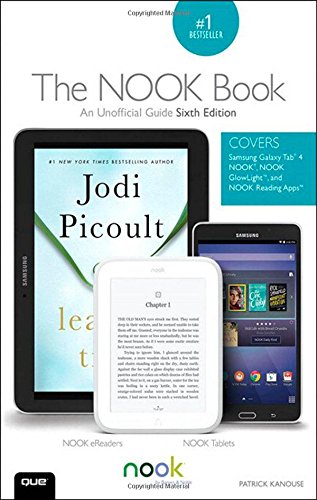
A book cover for The NOOK Book: An Unofficial Guide: Everything You Need to Know about the Samsung Galaxy Tab 4 NOOK, NOOK GlowLight, and NOOK Reading Apps (6th Edition); Patrick Kanouse; Computers & Technology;